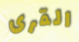
القرى